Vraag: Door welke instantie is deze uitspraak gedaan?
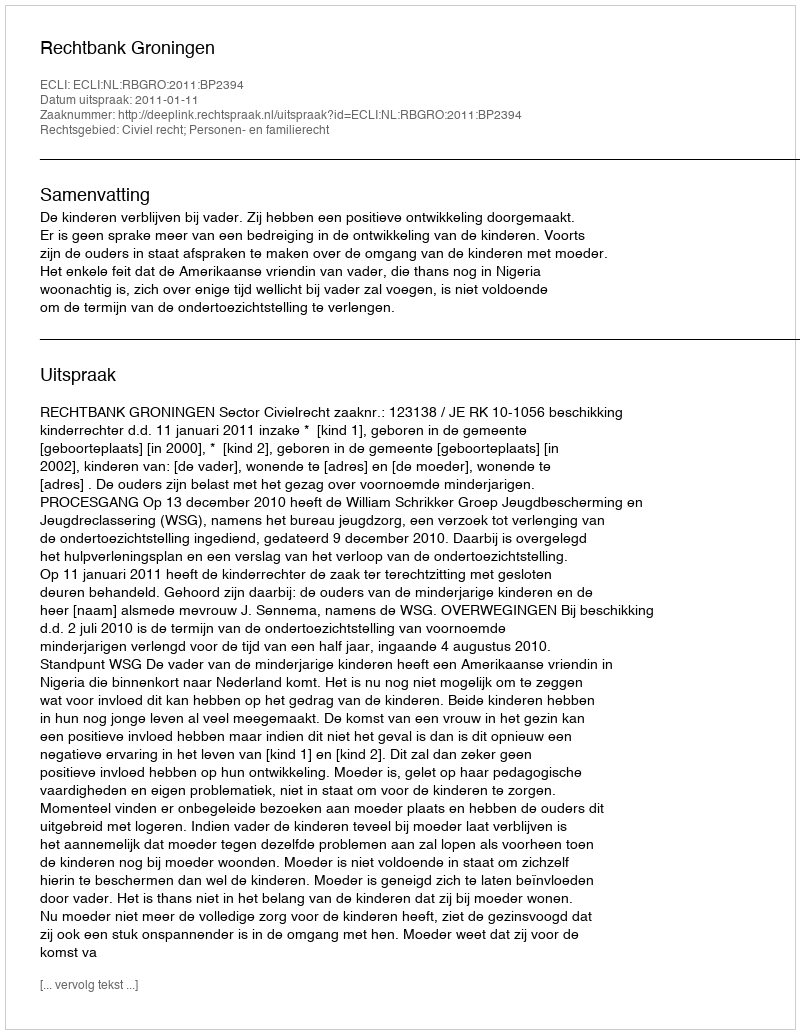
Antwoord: Rechtbank Groningen